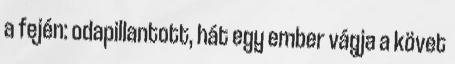
a fején: odapillantott, hát egy ember vágja a követ